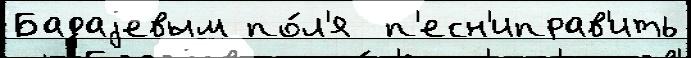
Бадаjевым по́л'я  п'есн'иправ'ить